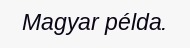
Magyar példa.